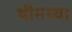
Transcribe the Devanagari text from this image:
थीमय्या